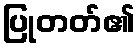
ပြုတတ်၏